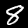
Label: 8